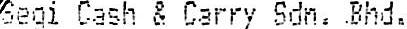
SEGI CASH & CARRY SDN. BHD.